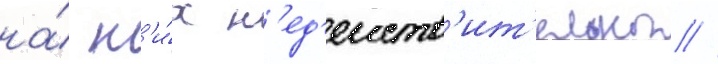
на́ н'и́х н'ед'еиств'ит'ельны //